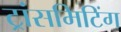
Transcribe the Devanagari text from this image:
ट्रांसमिटिंग